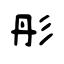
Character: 彤